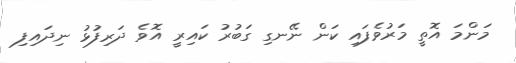
މަންމަ އޮތީ މަރުވެފައި ކަން ނޭނގި ގަބުރު ކައިރީ އޮވެ ދަރިފުޅު ނިދައިފި